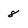
Character: 8